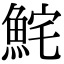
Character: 𩶱